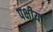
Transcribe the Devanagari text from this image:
पक्षीयां